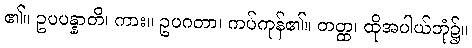
၏။ ဥပပန္နာတိ၊ ကား။ ဥပဂတာ၊ ကပ်ကုန်၏။ တတ္ထ၊ ထိုအပါယ်ဘုံ၌။